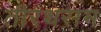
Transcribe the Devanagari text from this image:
तीरथराम